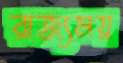
রাজ্যময়